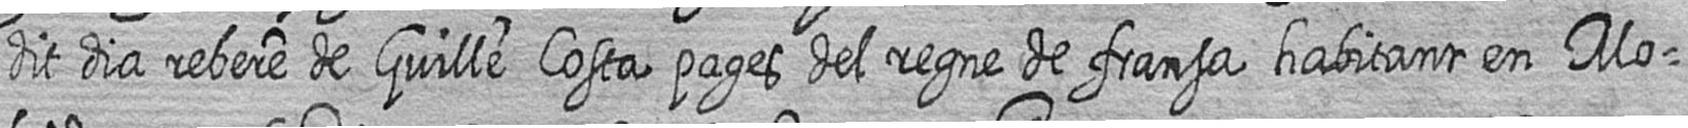
dit dia rebere de Guille Costa pages del regne de fransa habitant en Mo=